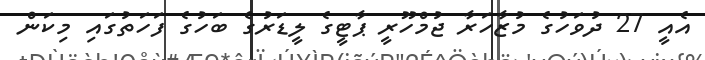
އެއީ 27 ދުވަހުގެ މުޒާހަރާ ޖުމްހޫރީ ޕާޓީގެ ލީޑަރުގެ ބަހުގެ ފަހަތުގައި މިކަން